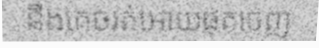
នឹងគេចរត់អោយផុតចេញ